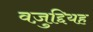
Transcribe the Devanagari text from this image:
वज़ुद्दियह